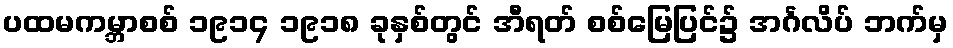
ပထမကမ္ဘာစစ် ၁၉၁၄ ၁၉၁၈ ခုနှစ်တွင် အီရတ် စစ်မြေပြင်၌ အင်္ဂလိပ် ဘက်မှ